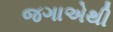
જગાએથી